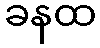
ခနထ